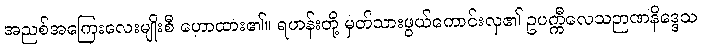
အညစ်အကြေးလေးမျိုးစီ ဟောထား၏။ ရဟန်းတို့ မှတ်သားဖွယ်ကောင်းလှ၏ ဥပက္ကီလေသဉာဏနိဒ္ဒေသ